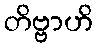
တိဗ္ဗာဟိ